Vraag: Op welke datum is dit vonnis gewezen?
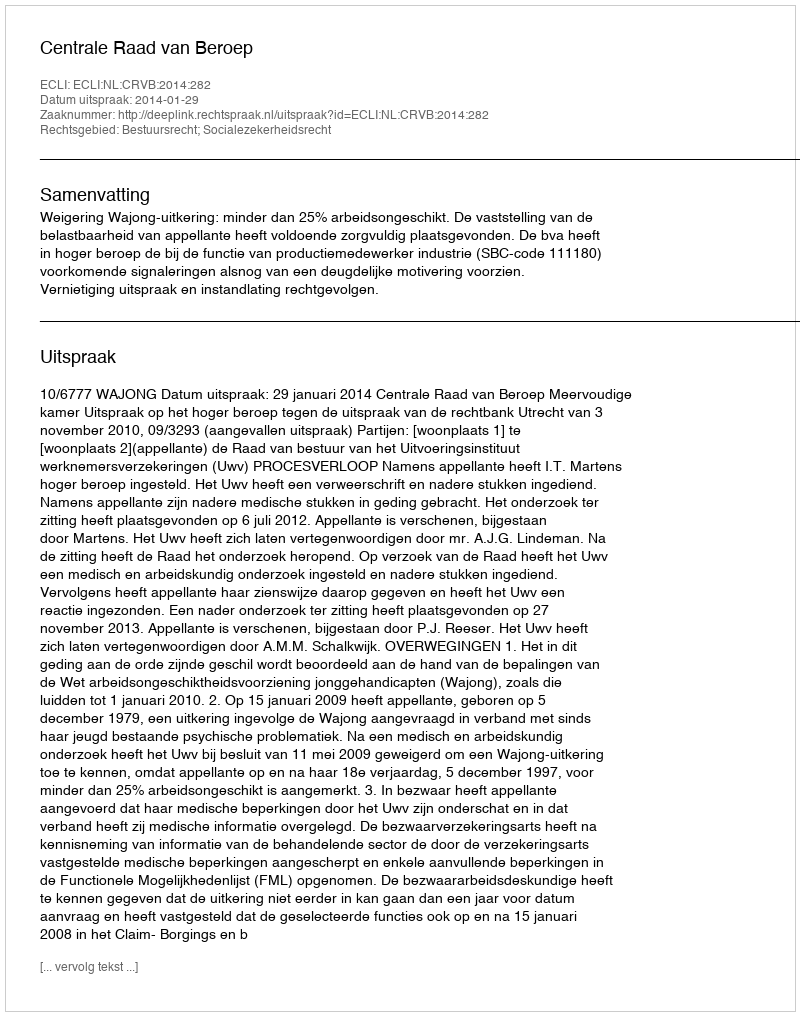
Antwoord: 2014-01-29